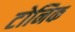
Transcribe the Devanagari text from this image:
टोनिक